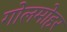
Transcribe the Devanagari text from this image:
गोलमोहर